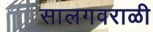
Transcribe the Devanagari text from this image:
सालगवराळी